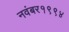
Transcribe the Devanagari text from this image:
नवंबर१९९४